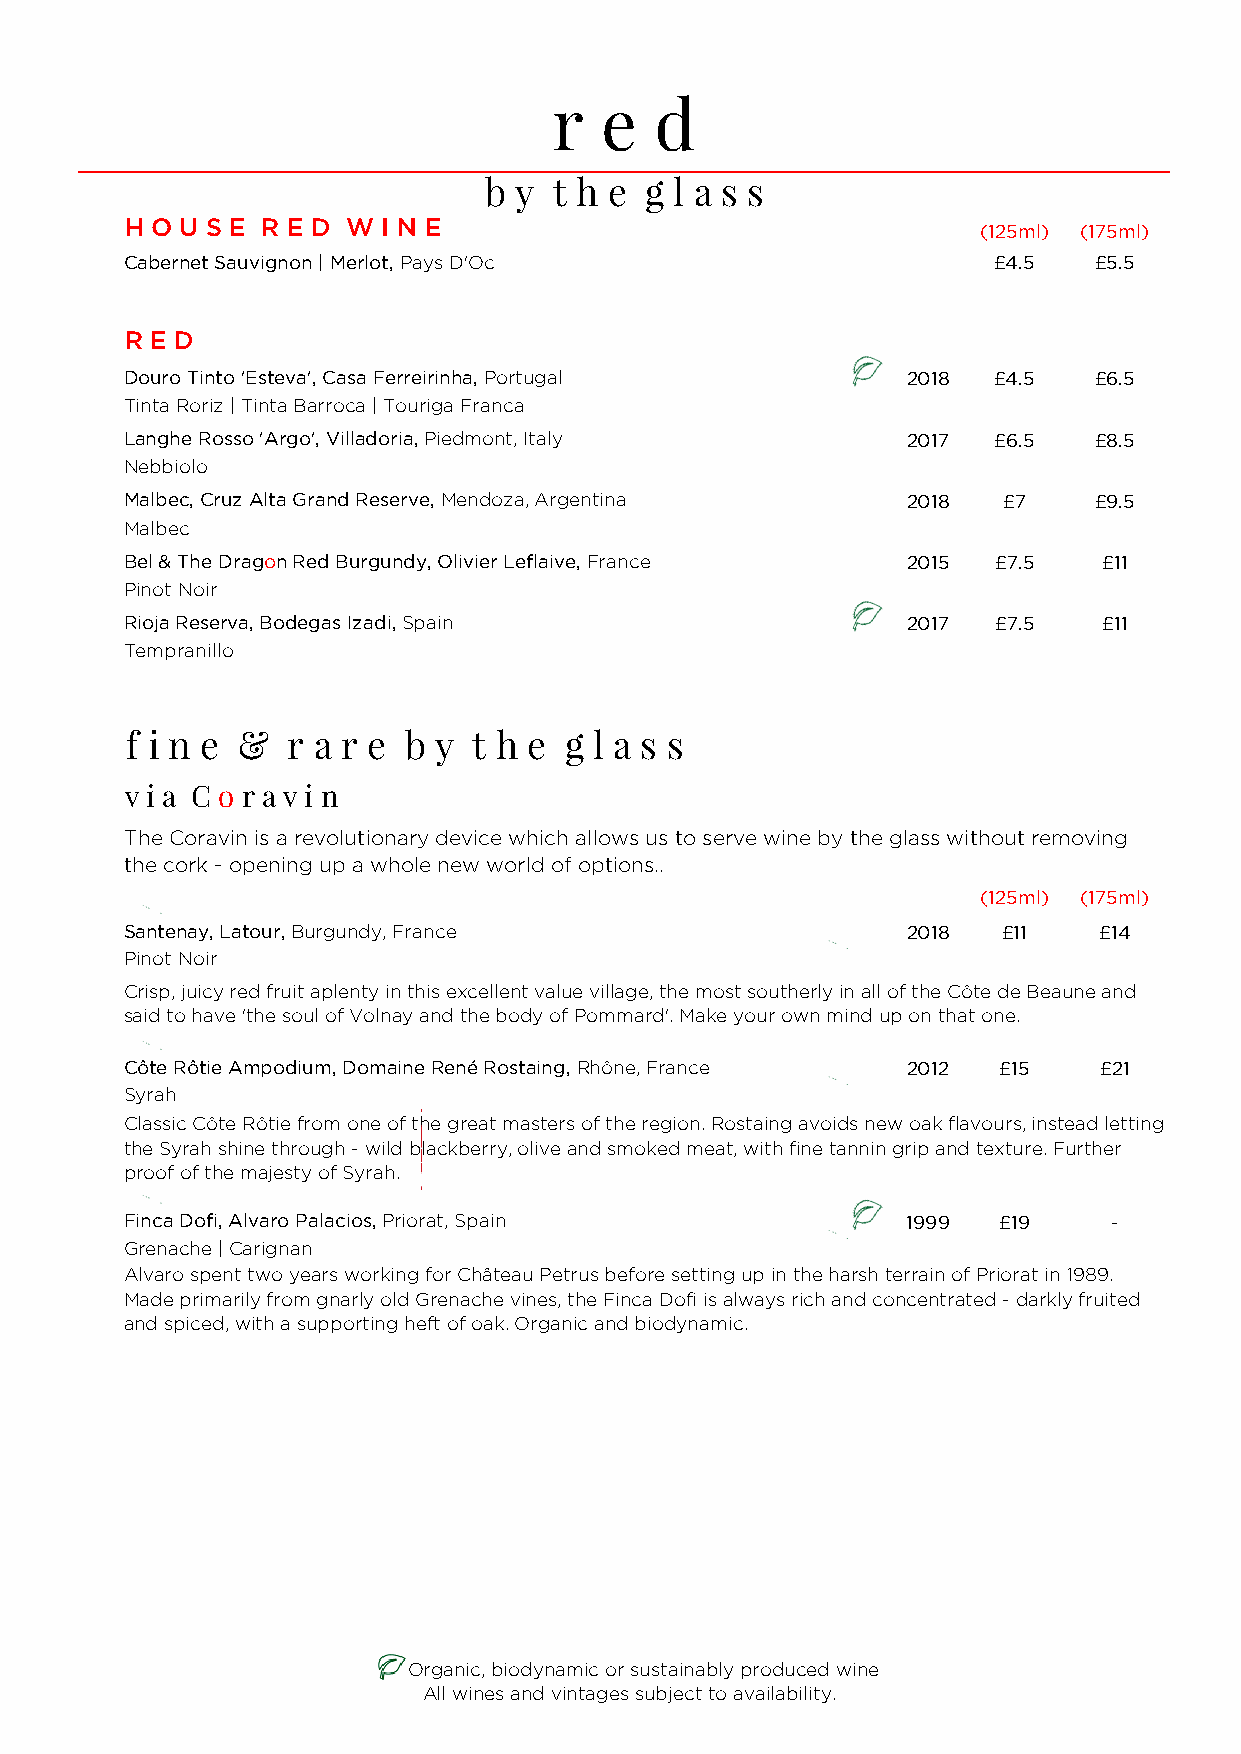
r  e   d
 b y  t h e g l a s s
 H O U S E R E D W I N E                                 (125ml) (175ml)
 Cabernet Sauvignon | Merlot, Pays D'Oc                   £4.5   £5.5
 R E D
 Douro Tinto 'Esteva', Casa Ferreirinha, Portugal   2018  £4.5   £6.5
 Tinta Roriz | Tinta Barroca | Touriga Franca
 Langhe Rosso 'Argo', Villadoria, Piedmont, Italy   2017  £6.5   £8.5
 Nebbiolo
 Malbec, Cruz Alta Grand Reserve, Mendoza, Argentina 2018  £7    £9.5
 Malbec
 Bel & The Dragon Red Burgundy, Olivier Leflaive, France 2015 £7.5 £11
 Pinot Noir
 Rioja Reserva, Bodegas Izadi, Spain                2017  £7.5   £11
 Tempranillo
 f i n e & r a r e b y  t h e g l a s s
 v i a C o r a v i n
 The Coravin is a revolutionary device which allows us to serve wine by the glass without removing
 the cork - opening up a whole new world of options..
 (125ml) (175ml)
 Santenay, Latour, Burgundy, France                 2018   £11   £14
 Pinot Noir
 Crisp, juicy red fruit aplenty in this excellent value village, the most southerly in all of the Côte de Beaune and
 said to have 'the soul of Volnay and the body of Pommard'. Make your own mind up on that one.
 Côte Rôtie Ampodium, Domaine René Rostaing, Rhône, France 2012 £15 £21
 Syrah
 Classic Côte Rôtie from one of the great masters of the region. Rostaing avoids new oak flavours, instead letting
 the Syrah shine through - wild blackberry, olive and smoked meat, with fine tannin grip and texture. Further
 proof of the majesty of Syrah.
 Finca Dofi, Alvaro Palacios, Priorat, Spain        1999  £19     -
 Grenache | Carignan
 Alvaro spent two years working for Château Petrus before setting up in the harsh terrain of Priorat in 1989.
 Made primarily from gnarly old Grenache vines, the Finca Dofi is always rich and concentrated - darkly fruited
 and spiced, with a supporting heft of oak. Organic and biodynamic.
 Organic, biodynamic or sustainably produced wine
 All wines and vintages subject to availability.